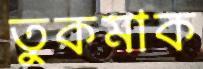
তুকমাক